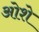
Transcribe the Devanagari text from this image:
ओशे